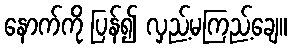
နောက်ကို ပြန်၍ လှည့်မကြည့်ချေ။